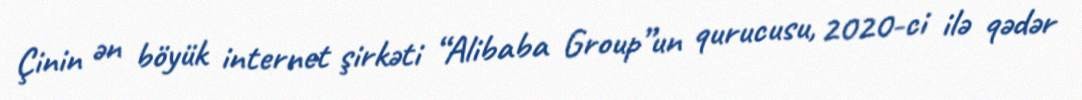
Çinin ən böyük internet şirkəti “Alibaba Group”un qurucusu, 2020-ci ilə qədər